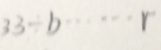
3 3 \div b \cdots r